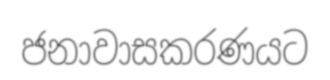
ජනාවාසකරණයට